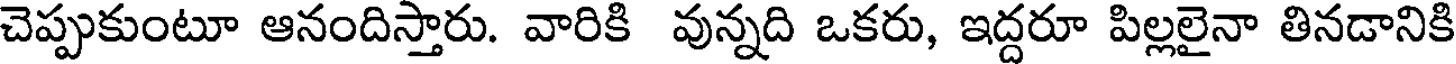
చెప్పుకుంటూ ఆనందిస్తారు. వారికి వున్నది ఒకరు, ఇద్దరూ పిల్లలైనా తినడానికి